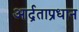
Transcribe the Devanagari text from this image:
आर्द्रताप्रधान